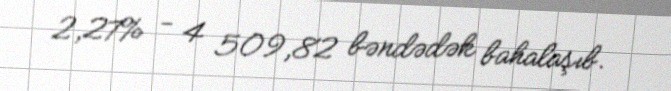
2,27% - 4 509,82 bəndədək bahalaşıb.